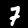
Label: 7